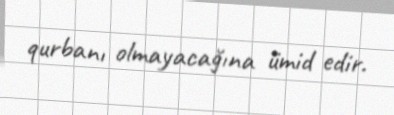
qurbanı olmayacağına ümid edir.